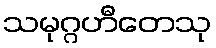
သမုဂ္ဂဟီတေသု